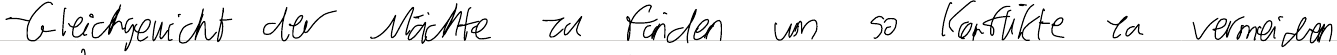
- Gleichgewicht der Mächte zu finden um so Konflikte zu vermeiden